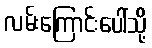
လမ်းကြောင်းပေါ်သို့